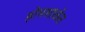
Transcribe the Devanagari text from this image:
होमशाळेत